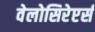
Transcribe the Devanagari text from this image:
वेलोसिरेप्टर्स